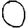
Digit: 0